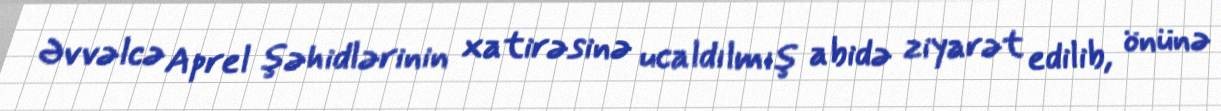
Əvvəlcə Aprel şəhidlərinin xatirəsinə ucaldılmış abidə ziyarət edilib, önünə